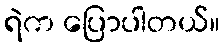
ရဲက ပြောပါတယ်။